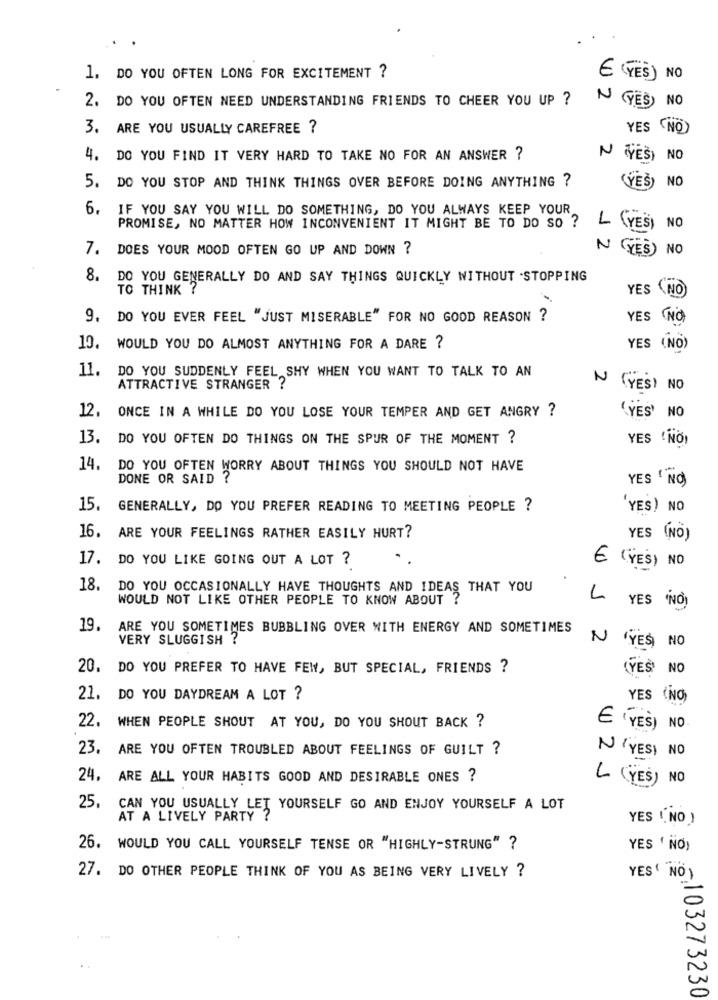
1. DO YOU OFTEN LONG FOR EXCITEMENT ?
€ (YES) NO
2. DO YOU OFTEN NEED UNDERSTANDING FRIENDS TO CHEER YOU UP ?
N (YES) NO
3. ARE YOU USUALLY CAREFREE ?
YES NO
4. DO YOU FIND IT VERY HARD TO TAKE NO FOR AN ANSWER ?
N (YES) NO
5. DO YOU STOP AND THINK THINGS OVER BEFORE DOING ANYTHING ?
NO
(YES)
6. IF YOU SAY YOU WILL DO SOMETHING, DO YOU ALWAYS KEEP YOUR
NO
PROMISE, NO MATTER HOW INCONVENIENT IT MIGHT BE TO DO SO ?
L (YES)
7. DOES YOUR MOOD OFTEN GO UP AND DOWN ?
N YES) NO
8. DO YOU GENERALLY DO AND SAY THINGS QUICKLY WITHOUT -STOPPING
TO THINK ?
YES (NO
9. DO YOU EVER FEEL "JUST MISERABLE" FOR NO GOOD REASON ?
YES NO
10. WOULD YOU DO ALMOST ANYTHING FOR A DARE ?
YES (NO)
11.
DO YOU SUDDENLY FEEL SHY WHEN YOU WANT TO TALK TO AN
ATTRACTIVE STRANGER ?
N (YES) NO
ONCE IN A WHILE DO YOU LOSE YOUR TEMPER AND GET ANGRY ?
12.
(YES' NO
13. DO YOU OFTEN DO THINGS ON THE SPUR OF THE MOMENT ?
YES 'NO)
14. DO YOU OFTEN WORRY ABOUT THINGS YOU SHOULD NOT HAVE
DONE OR SAID ?
YES ' NO)
15. GENERALLY, DO YOU PREFER READING TO MEETING PEOPLE ?
YES) NO
16. ARE YOUR FEELINGS RATHER EASILY HURT?
YES (NO)
17. DO YOU LIKE GOING OUT A LOT ?
€ (YES) NO
18. DO YOU OCCASIONALLY HAVE THOUGHTS AND IDEAS THAT YOU
WOULD NOT LIKE OTHER PEOPLE TO KNOW ABOUT ?
L YES 'NO)
19. ARE YOU SOMETIMES BUBBLING OVER WITH ENERGY AND SOMETIMES
VERY SLUGGISH ?
N 'YES, NO
20. DO YOU PREFER TO HAVE FEW, BUT SPECIAL, FRIENDS ?
(YES) NO
21. DO YOU DAYDREAM A LOT ?
YES (NO)
22. WHEN PEOPLE SHOUT AT YOU, DO YOU SHOUT BACK ?
E ' YES) NO
23. ARE YOU OFTEN TROUBLED ABOUT FEELINGS OF GUILT ?
N' YESI NO
24. ARE ALL YOUR HABITS GOOD AND DESIRABLE ONES ?
L (YES) NO
WZJ
25. CAN YOU USUALLY LET YOURSELF GO AND ENJOY YOURSELF A LOT
AT A LIVELY PARTY ?
YES ( NO )
26. WOULD YOU CALL YOURSELF TENSE OR "HIGHLY-STRUNG" ?
YES ' NO)
27. DO OTHER PEOPLE THINK OF YOU AS BEING VERY LIVELY ?
YES ( NO)
5103273230